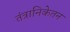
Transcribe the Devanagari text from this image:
तंत्रानिकेतन